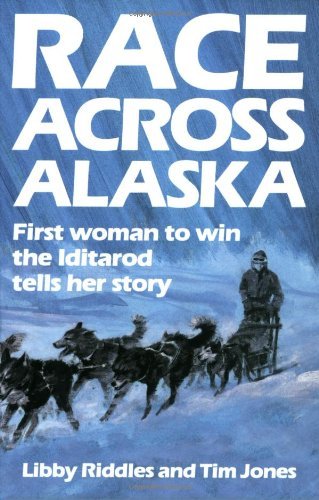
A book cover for Race Across Alaska: First Woman to Win the Iditarod Tells Her Story [Paperback] [1988] (Author) Libby Riddles, Tim Jones; Sports & Outdoors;